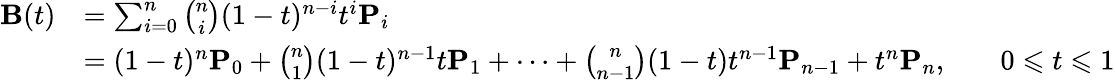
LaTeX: {\begin{array}{rlrl}{\mathbf{B}(t)}&{=\sum_{i=0}^{n}{\binom{n}{i}}(1-t)^{n-i}t^{i}\mathbf{P}_{i}}\\ &{=(1-t)^{n}\mathbf{P}_{0}+{\binom{n}{1}}(1-t)^{n-1}t\mathbf{P}_{1}+\cdots+{\binom{n}{n-1}}(1-t)t^{n-1}\mathbf{P}_{n-1}+t^{n}\mathbf{P}_{n},}&&{0\leqslant t\leqslant 1}\end{array}}